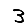
Digit: 3